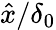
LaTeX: \hat{x}/\delta_{0}